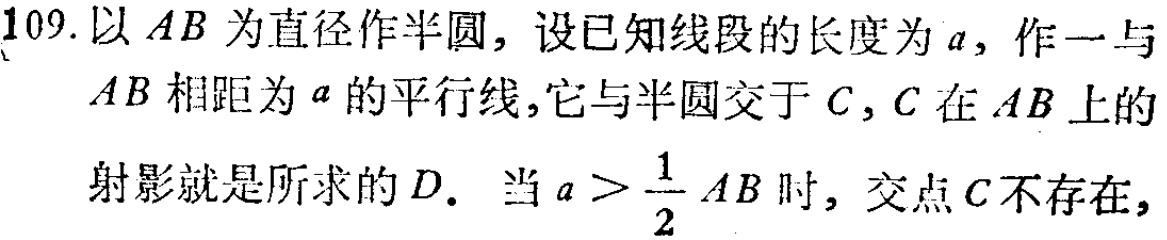
109. 以 \(AB\) 为直径作半圆，设已知线段的长度为 \(a\)，作一与 \(AB\) 相距为 \(a\) 的平行线，它与半圆交于 \(C\)，\(C\) 在 \(AB\) 上的射影就是所求的 \(D\). 当 \(a > \frac{1}{2}AB\) 时，交点 \(C\) 不存在，